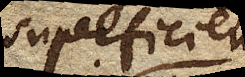
superficiem